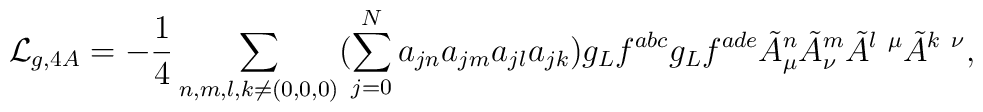
{\cal L}_{g,4A} = -\frac{1}{4}\sum_{n,m,l,k\neq(0,0,0)}(\sum_{j=0}^{N}a_{jn}a_{jm}a_{jl}a_{jk}) g_L f^{abc} g_L f^{ade}\tilde{A}_{\mu}^{n} \tilde{A}_{\nu}^{m}\tilde{A}^{l~\mu}\tilde{A}^{k~\nu},